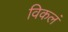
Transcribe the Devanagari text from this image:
विकलं